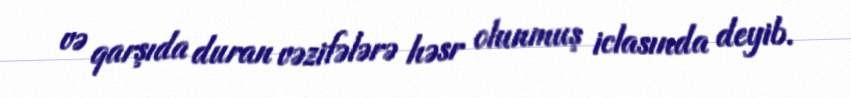
və qarşıda duran vəzifələrə həsr olunmuş iclasında deyib.